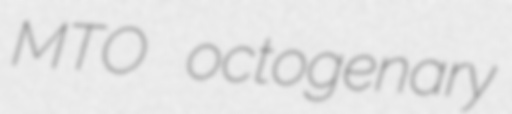
MTO octogenary